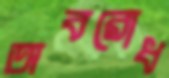
অবরোধ